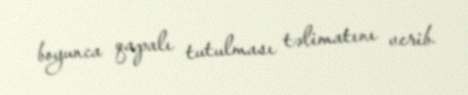
boyunca qapalı tutulması təlimatını verib.